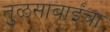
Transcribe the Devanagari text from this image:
तुळसाबाईंचा